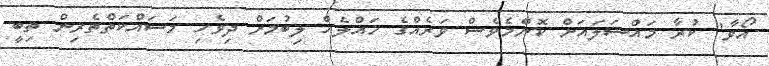
އޯވާ" ކުރާ މައްސަލައަށް ކޮންމެވެސް ވަރެއްގެ ހައްލެއް ލިބުމަށް ދިވެހި މަސައްކަތްތެރިން ތިބީ